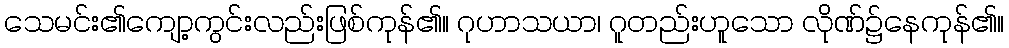
သေမင်း၏ကျော့ကွင်းလည်းဖြစ်ကုန်၏။ ဂုဟာသယာ၊ ဂူတည်းဟူသော လိုဏ်၌နေကုန်၏။